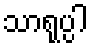
သာရုပ္ပါ